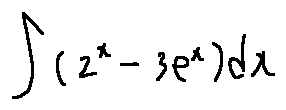
\int ( 2 ^ { x } - 3 e ^ { x } ) d x